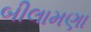
બીલામણા